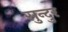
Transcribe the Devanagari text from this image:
सुन्दुर